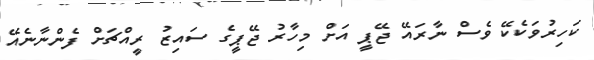
ކަހިރުވަކެކޭ ވެސް ނާރައޭ ޖޭޕީ އަށް މިހާރު ޖޭޕީގެ ސައިޒު ރީއްޗަށް ފެންނާނެއޭ